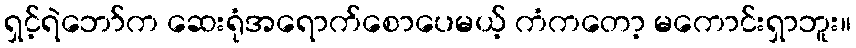
ရှင့်ရဲဘော်က ဆေးရုံအရောက်စောပေမယ့် ကံကတော့ မကောင်းရှာဘူး။